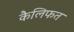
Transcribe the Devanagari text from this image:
कैलिफत